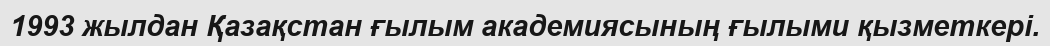
1993 жылдан Қазақстан ғылым академиясының ғылыми қызметкері.